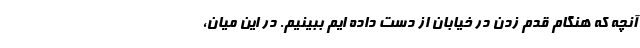
آنچه که هنگام قدم زدن در خیابان از دست داده ایم ببینیم. در این میان،